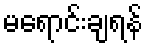
မရောင်းချရန်